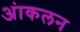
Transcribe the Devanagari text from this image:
अंाकलन